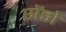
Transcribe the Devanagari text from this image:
सेंडो